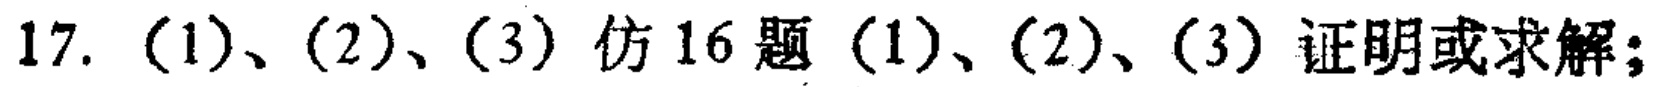
17. (1)、(2)、(3) 仿 16 题 (1)、(2)、(3) 证明或求解；